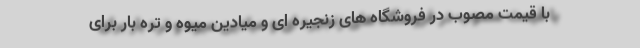
با قیمت مصوب در فروشگاه های زنجیره ای و میادین میوه و تره بار برای